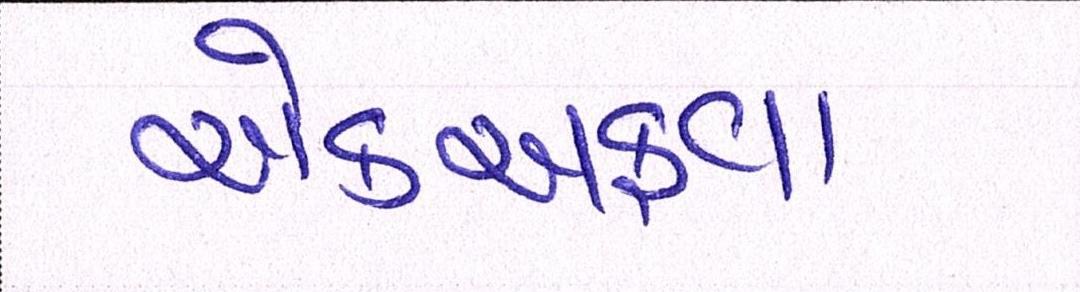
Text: એકઅફવા